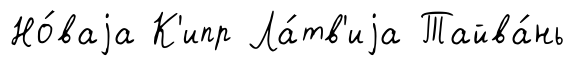
Но́ваjа К'ипр Ла́тв'иjа Тайва́нь